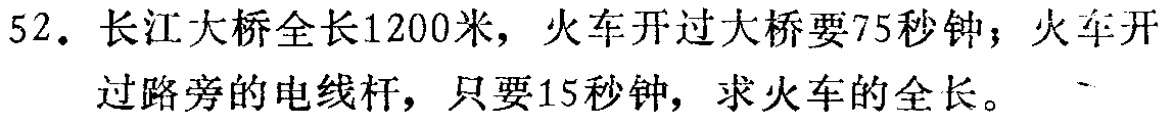
52. 长江大桥全长1200米，火车开过大桥要75秒钟；火车开过路旁的电线杆，只要15秒钟，求火车的全长。